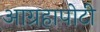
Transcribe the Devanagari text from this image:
आग्रहापोटी